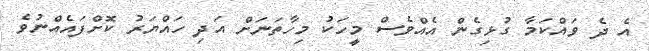
އެ ދެ ވައްކަމާ ގުޅިގެން އެއްވެސް މީހަކު މިހާތަނަށް އަދި ހައްޔަރު ކޮށްފައެއްނުވެ